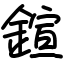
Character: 鍹